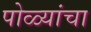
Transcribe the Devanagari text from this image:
पोळ्यांचा